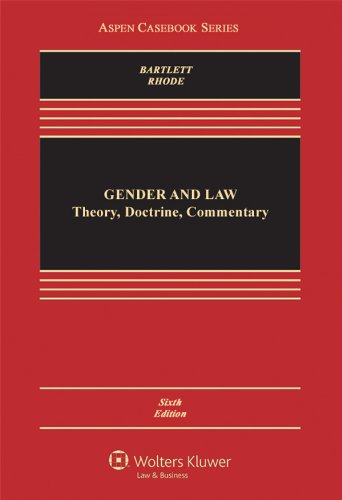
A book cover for Gender & Law: Theory Doctrine & Commentary, Sixth Edition (Aspen Casebooks); Katherine T. Bartlett; Law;